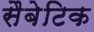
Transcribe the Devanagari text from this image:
सैबेटिक